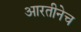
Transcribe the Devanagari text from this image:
आरतीनेच